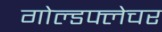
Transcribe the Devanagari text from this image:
गोल्डफ्लेचर